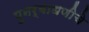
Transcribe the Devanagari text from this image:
पुनर्बाधणीचे